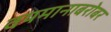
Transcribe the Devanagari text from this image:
वयमानाबरोबर